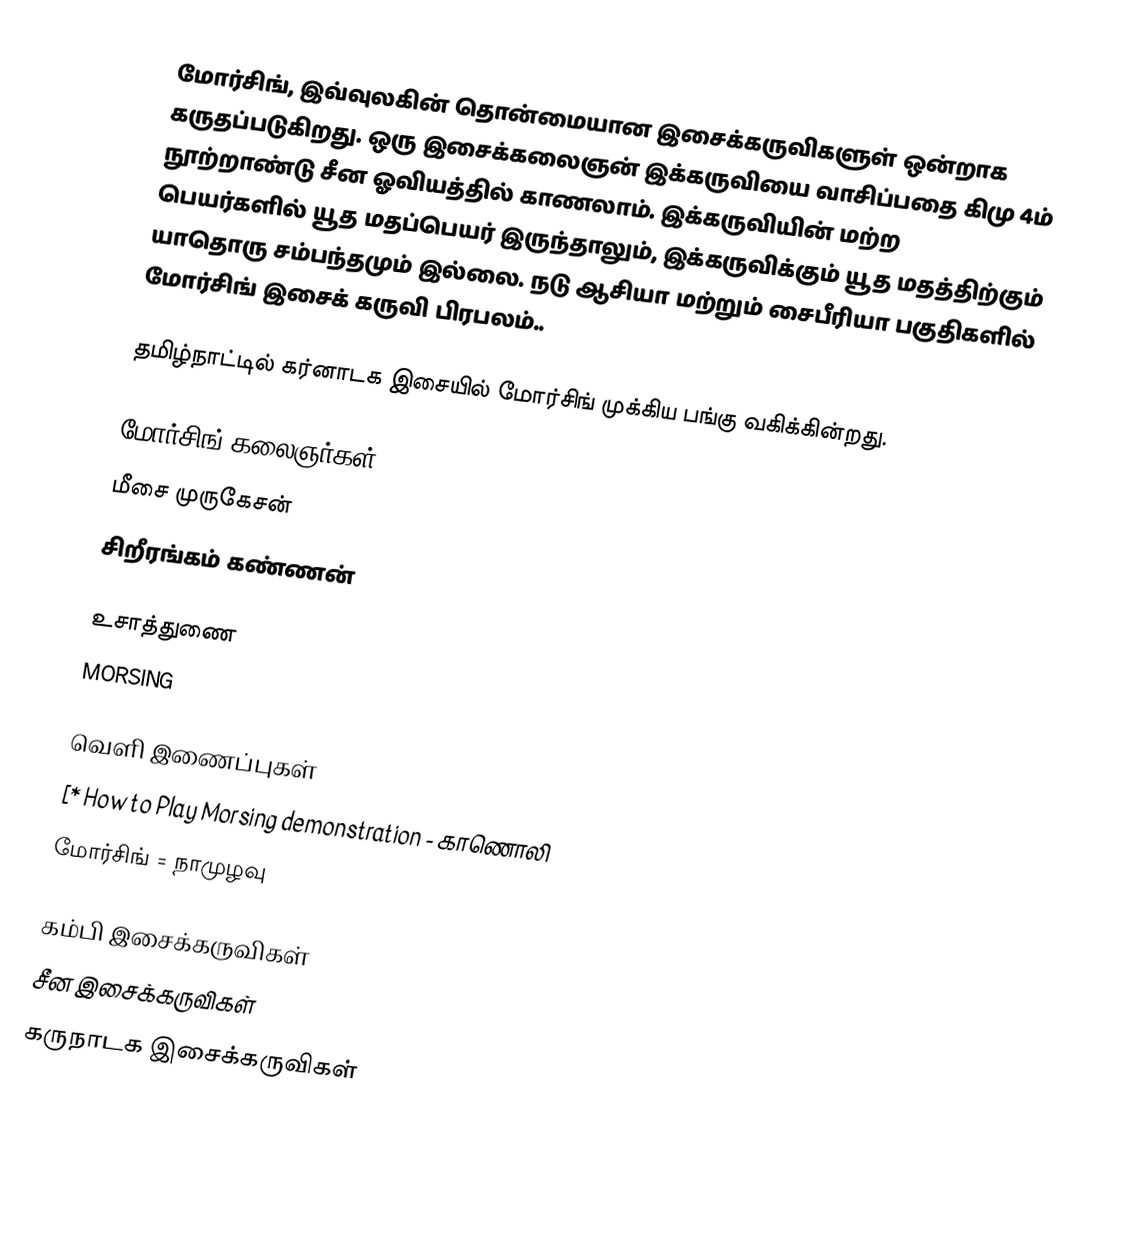
மோர்சிங், இவ்வுலகின் தொன்மையான இசைக்கருவிகளுள் ஒன்றாக கருதப்படுகிறது. ஒரு இசைக்கலைஞன் இக்கருவியை வாசிப்பதை கிமு 4ம் நூற்றாண்டு சீன ஓவியத்தில் காணலாம். இக்கருவியின் மற்ற பெயர்களில் யூத மதப்பெயர் இருந்தாலும், இக்கருவிக்கும் யூத மதத்திற்கும் யாதொரு சம்பந்தமும் இல்லை. நடு ஆசியா மற்றும் சைபீரியா பகுதிகளில் மோர்சிங் இசைக் கருவி பிரபலம்..

தமிழ்நாட்டில் கர்னாடக இசையில் மோர்சிங் முக்கிய பங்கு வகிக்கின்றது.

மோர்சிங் கலைஞர்கள்
 மீசை முருகேசன்
 சிறீரங்கம் கண்ணன்

உசாத்துணை
 MORSING

வெளி இணைப்புகள்
[* How to Play Morsing demonstration - காணொலி
 மோர்சிங் = நாமுழவு

கம்பி இசைக்கருவிகள்
சீன இசைக்கருவிகள்
கருநாடக இசைக்கருவிகள்